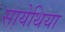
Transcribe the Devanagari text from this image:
सायेथिया